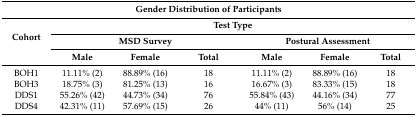
<table><thead><tr><td colspan="7"><b>Gender Distribution of Participants</b></td></tr><tr><td rowspan="3"><b>Cohort</b></td><td colspan="6"><b>Test Type</b></td></tr><tr><td colspan="3"><b>MSD Survey</b></td><td colspan="3"><b>Postural Assessment</b></td></tr><tr><td><b>Male</b></td><td><b>Female</b></td><td><b>Total</b></td><td><b>Male</b></td><td><b>Female</b></td><td><b>Total</b></td></tr></thead><tbody><tr><td>BOH1</td><td>11.11% (2)</td><td>88.89% (16)</td><td>18</td><td>11.11% (2)</td><td>88.89% (16)</td><td>18</td></tr><tr><td>BOH3</td><td>18.75% (3)</td><td>81.25% (13)</td><td>16</td><td>16.67% (3)</td><td>83.33% (15)</td><td>18</td></tr><tr><td>DDS1</td><td>55.26% (42)</td><td>44.73% (34)</td><td>76</td><td>55.84% (43)</td><td>44.16% (34)</td><td>77</td></tr><tr><td>DDS4</td><td>42.31% (11)</td><td>57.69% (15)</td><td>26</td><td>44% (11)</td><td>56% (14)</td><td>25</td></tr></tbody></table>